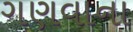
ગણવાના